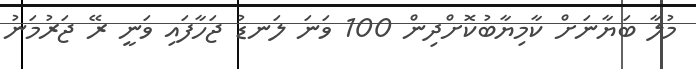
މުލާ ބަޔާނަށް ކާމިޔާބުކޮށްދިން 100 ވަނަ ލަނޑު ޖަހާފައި ވަނީ ރޭ ޖަރުމަނު